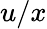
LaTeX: u/x